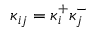
\kappa _ { i j } = \kappa _ { i } ^ { + } \kappa _ { j } ^ { - }